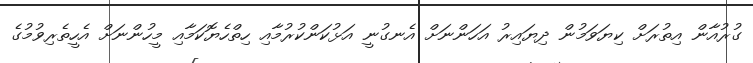
ގުރުއާން އިތުރަށް ކިޔަވަމުން ދިޔައިރު އަހަންނަށް އެނގުނީ އަޅުކަންކުރުމާއި ހިތްހެޔޮކަމާއި މީހުންނަށް އެހީތެރިވުމުގެ